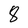
Character: 8